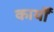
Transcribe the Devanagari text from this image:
कार्योँ